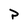
Character: P